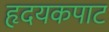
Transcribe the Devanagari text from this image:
हृदयकपाट